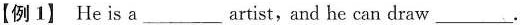
【例1】 He is a___artist,and he can draw___.